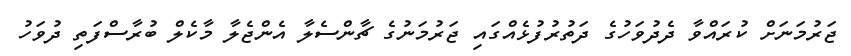
ޖަރުމަނަށް ކުރައްވާ ދެދުވަހުގެ ދަތުރުފުޅެއްގައި ޖަރުމަނުގެ ޗާންސެލާ އެންޖެލާ މާކެލް ބުރާސްފަތި ދުވަހު